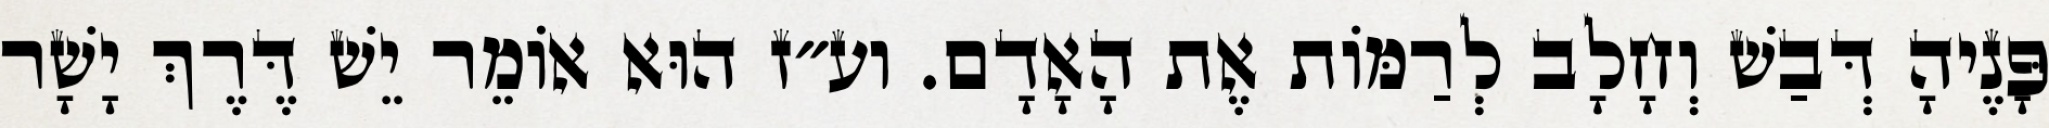
פָּנֶיהָ דְּבַשׁ וְחָלָב לְרַמּוֹת אֶת הָאָדָם. וע״ז הוּא אוֹמֵר יֵשׁ דֶּרֶךְ יָשָׁר